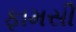
ફામસી